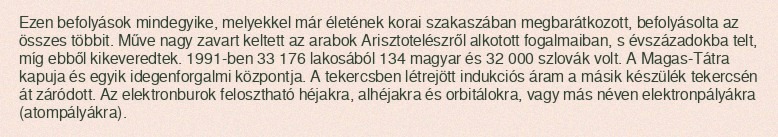
Ezen befolyások mindegyike, melyekkel már életének korai szakaszában megbarátkozott, befolyásolta az összes többit. Műve nagy zavart keltett az arabok Arisztotelészről alkotott fogalmaiban, s évszázadokba telt, míg ebből kikeveredtek. 1991-ben 33 176 lakosából 134 magyar és 32 000 szlovák volt. A Magas-Tátra kapuja és egyik idegenforgalmi központja. A tekercsben létrejött indukciós áram a másik készülék tekercsén át záródott. Az elektronburok felosztható héjakra, alhéjakra és orbitálokra, vagy más néven elektronpályákra (atompályákra).